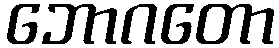
ဘောဂတော